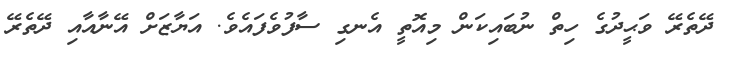
ދޭތެރޭ ވަޙީދުގެ ހިތް ނުބައިކަން މިއޮތީ އެނގި ސާފުވެފައެވެ. އަޔާޒަށް އޭނާއާއި ދޭތެރޭ